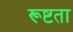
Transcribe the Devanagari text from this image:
रूष्टता